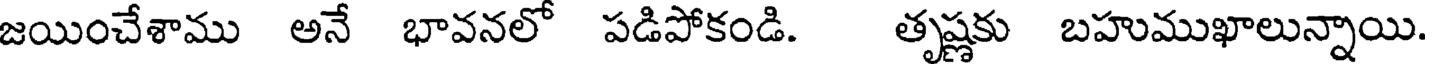
జయించేశాము అనే భావనలో పడిపోకండి. తృష్ణకు బహుముఖాలున్నాయి.